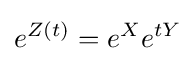
e^{Z(t)}=e^{X}e^{tY}